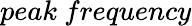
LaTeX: peak\ frequency